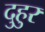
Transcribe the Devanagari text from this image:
दुहुर